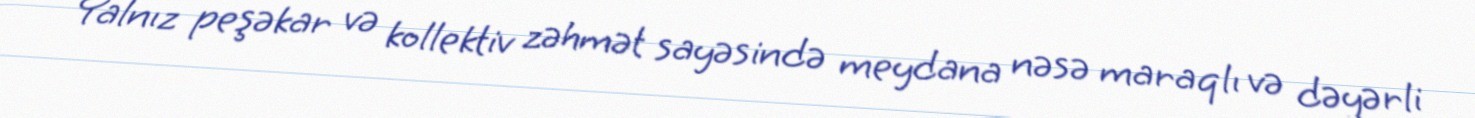
Yalnız peşəkar və kollektiv zəhmət sayəsində meydana nəsə maraqlı və dəyərli